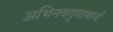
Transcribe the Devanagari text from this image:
अभिनवगुप्ताचार्य